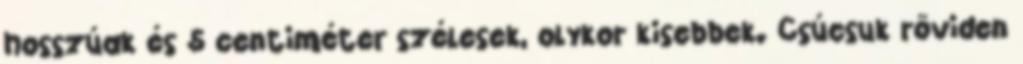
hosszúak és 5 centiméter szélesek, olykor kisebbek. Csúcsuk röviden